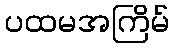
ပထမအကြိမ်